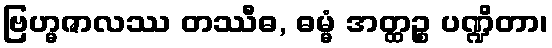
ဗြဟ္မဇာလဿ တဿီဓ, ဓမ္မံ အတ္ထဉ္စ ပဏ္ဍိတာ၊